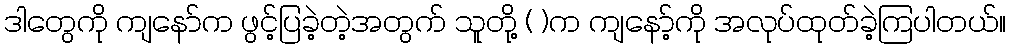
ဒါတွေကို ကျနော်က ဖွင့်ပြခဲ့တဲ့အတွက် သူတို့ ( )က ကျနော့်ကို အလုပ်ထုတ်ခဲ့ကြပါတယ်။